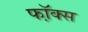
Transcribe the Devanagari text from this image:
फॉ़क्स